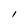
Character: l